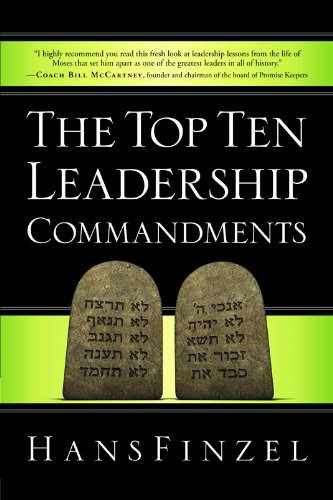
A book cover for The Top Ten Leadership Commandments; Hans Finzel; Christian Books & Bibles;